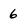
Character: 6